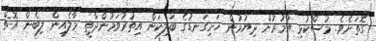
ގޮތަށެވެ. މުސްކުޅި އުމުރުށް ދިޔުމުން ހަށިގަނޑުގެ ބަލިކަން އިތުރުވަމުންދާތީ މާލެއިން ލިބެން އޮތް